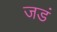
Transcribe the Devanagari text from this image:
जडं